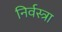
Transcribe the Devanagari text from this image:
निर्वस्त्रा